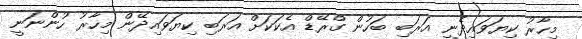
މިހާރު ކިޔަވައިދެނީ އަރަބި ބަހުން ގްރޭޑް އެކަކަށް އަރަބި ކިޔަވައިދޭން މިހާރު ހުންނަނީ